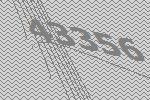
43356